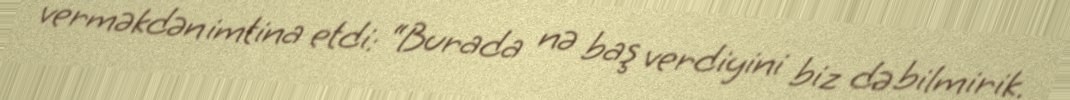
verməkdən imtina etdi: “Burada nə baş verdiyini biz də bilmirik.